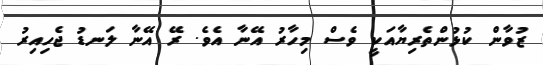
ޒުވާން ކުޅުންތެރިޔާއަކީ ވެސް މިހާރު އޭނާ އެވެ. ރޭ އޭނާ ލަނޑު ޖެހިއިރު